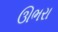
ઊભરા